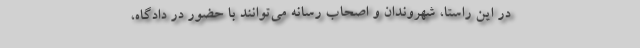
در این راستا، شهروندان و اصحاب رسانه‌ می‌توانند با حضور در دادگاه،